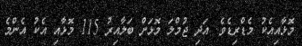
މޮޅާއިއެކު މެޑްރިޑެވެ. އަދި ޖުމްލަ މޮޅަށް ބަލާއިރު 115 މޮޅާއި އެކު އެންމެ